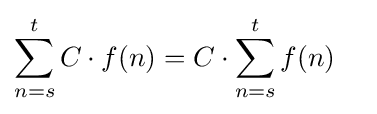
\sum _{n=s}^{t}C\cdot f(n)=C\cdot \sum _{n=s}^{t}f(n)\quad